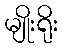
မျိုးရိုး